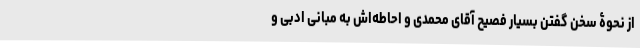
از نحوۀ سخن گفتن بسیار فصیح آقای محمدی و احاطه‌اش به مبانی ادبی و